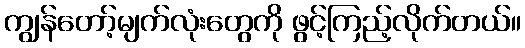
ကျွန်တော့်မျက်လုံးတွေကို ဖွင့်ကြည့်လိုက်တယ်။